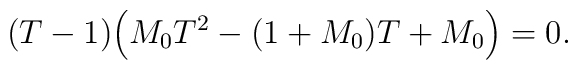
(T-1)\Bigl(M_0T^2-(1+M_0)T+M_0\Bigr)=0.